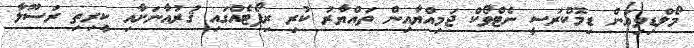
މޯލްޑިވިއަން ޑިމޮކްރަސީ ނެޓްވޯކް ޖަމިއްޔާއިން ތައްޔާރު ކުރި ރިޕޯޓެއްގައި ޤުރުއާނަށާއި ކީރިތި ރަސޫލާ